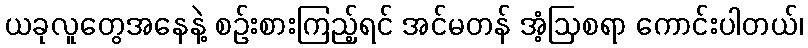
ယခုလူတွေအနေနဲ့ စဉ်းစားကြည့်ရင် အင်မတန် အံ့ဩစရာ ကောင်းပါတယ်၊